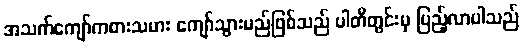
အသက်ကျော်ကစားသမား ကျော်သွားမည်ဖြစ်သည် ပါတီတွင်းမှ ပြည့်လာပါသည်